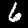
Digit: 6